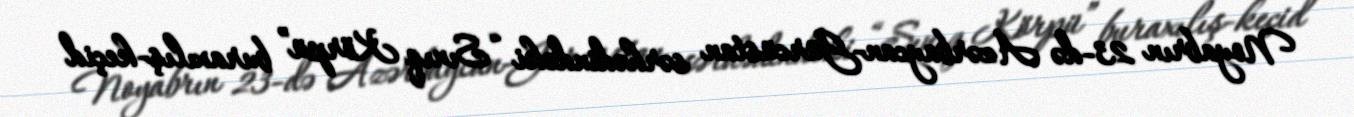
Noyabrın 23-də Azərbaycan-Gürcüstan sərhədindəki “Sınıq Körpü” buraxılış-keçid